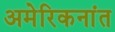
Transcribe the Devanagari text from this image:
अमेरिकनांत